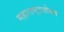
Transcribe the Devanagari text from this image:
महाराष्ट्रासोबत